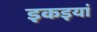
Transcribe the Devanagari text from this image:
इकइयां